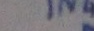
Text: IN4001